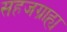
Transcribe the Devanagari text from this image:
सहजग्राह्य